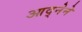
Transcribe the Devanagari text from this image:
आद्नेने